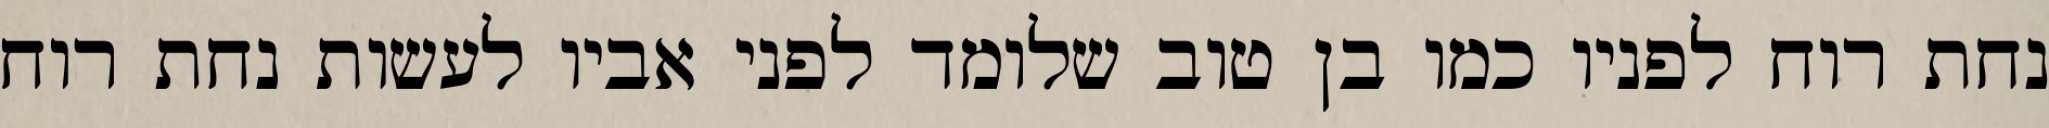
נחת רוח לפניו כמו בן טוב שלומד לפני אביו לעשות נחת רוח